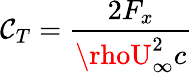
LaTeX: \mathcal{C}_{T}=\frac{{2F_{x}}}{{\rhoU_{\infty}^{2}c}}